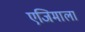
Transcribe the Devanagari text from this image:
एजिमाला